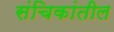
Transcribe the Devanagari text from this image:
संचिकांतील